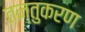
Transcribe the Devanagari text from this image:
तन्तुकरण